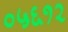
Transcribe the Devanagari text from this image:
०५६१२